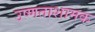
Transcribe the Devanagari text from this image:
उष्णताशामक